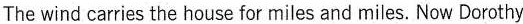
The wind carries the house for miles and miles.Now Dorothy